Indian journal of veterinary science and animal husbandry - Volume 11,
Year: 1941
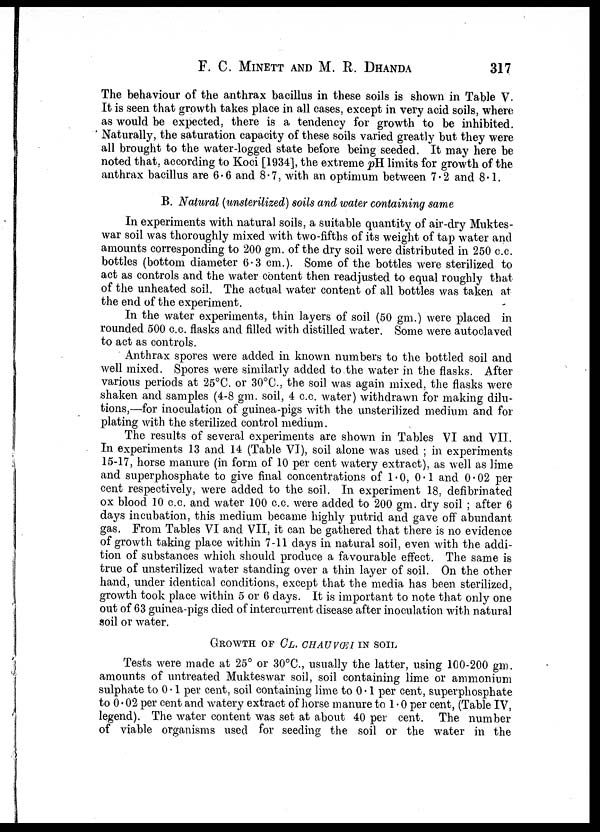
F. C. MINETT AND M. R. DHANDA
317
The behaviour of the anthrax bacillus in these soils is shown in Table V.
It is seen that growth takes place in all cases, except in very acid soils, where
as would be expected, there is a tendency for growth to be inhibited.
Naturally, the saturation capacity of these soils varied greatly but they were
all brought to the water-logged state before being seeded. It may here be
noted that, according to Koci [1934], the extreme pH limits for growth of the
anthrax bacillus are 6.6 and 8.7, with an optimum between 7.2 and 8.1.
B. Natural (unsterilized) soils and water containing same
In experiments with natural soils, a suitable quantity of air-dry Muktes¬
war soil was thoroughly mixed with two-fifths of its weight of tap water and
amounts corresponding to 200 gm. of the dry soil were distributed in 250 c.c.
bottles (bottom diameter 6.3 cm.). Some of the bottles were sterilized to
act as controls and the water content then readjusted to equal roughly that
of the unheated soil. The actual water content of all bottles was taken at
the end of the experiment.
In the water experiments, thin layers of soil (50 gm.) were placed in
rounded 500 c.c. flasks and filled with distilled water. Some were autoclaved
to act as controls.
Anthrax spores were added in known numbers to the bottled soil and
well mixed. Spores were similarly added to the water in the flasks. After
various periods at 25°C. or 30°C., the soil was again mixed, the flasks were
shaken and samples (4.8 gm. soil, 4 c.c. water) withdrawn for making dilu-
tions,—for inoculation of guinea-pigs with the unsterilized medium and for
plating with the sterilized control medium.
The results of several experiments are shown in Tables VI and VII.
In experiments 13 and 14 (Table VI), soil alone was used ; in experiments
15-17, horse manure (in form of 10 per cent watery extract), as well as lime
and superphosphate to give final concentrations of 1.0, 0.1 and 0.02 per
cent respectively, were added to the soil. In experiment 18, defibrinated
ox blood 10 c.c. and water 100 c.c. were added to 200 gm. dry soil ; after 6
days incubation, this medium became highly putrid and gave off abundant
gas. From Tables VI and VII, it can be gathered that there is no evidence
of growth taking place within 7-11 days in natural soil, even with the addi-
tion of substances which should produce a favourable effect. The same is
true of unsterilized water standing over a thin layer of soil. On the other
hand, under identical conditions, except that the media has been sterilized,
growth took place within 5 or 6 days. It is important to note that only one
out of 63 guinea-pigs died of intercurrent disease after inoculation with natural
soil or water.
GROWTH OF CL. CHAUVŒI IN SOIL
Tests were made at 25° or 30°C., usually the latter, using 100-200 gm.
amounts of untreated Mukteswar soil, soil containing lime or ammonium
sulphate to 0.1 per cent, soil containing lime to 0.1 per cent, superphosphate
to 0.02 per cent and watery extract of horse manure to 1.0 per cent, (Table IV,
legend). The water content was set at about 40 per cent. The number
of viable organisms used for seeding the soil or the water in the